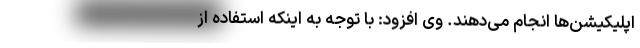
اپلیکیشن‌ها انجام ‌می‌دهند. وی افزود: با توجه به اینکه استفاده از